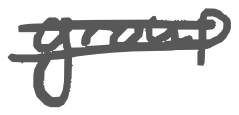
Text: group
Cross-out: double-line
Writing tool: digital_gray